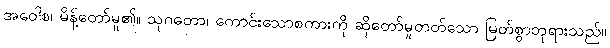
အဝေါစ၊ မိန့်တော်မူ၏။ သုဂတော၊ ကောင်းသောစကားကို ဆိုတော်မူတတ်သော မြတ်စွာဘုရားသည်။